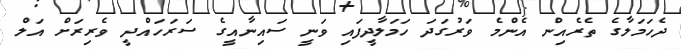
ދެހަމަލާގެ ތެރެއިން އެންމެ ވަރުގަދަ ހަމަލާދީފައި ވަނީ ސައިނާއީގެ ސަރަހައްދީ ވެރިރަށް އަލް